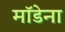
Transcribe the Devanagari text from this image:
मॉडेना